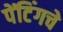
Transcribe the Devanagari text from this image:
पेंटिंगचे